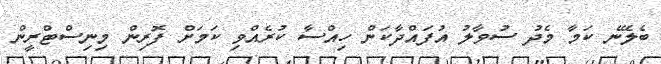
ބެލޭނެ ކަމާ މެދު ސުވާލު އުފައްދާކަން ހިއްސާ ކުރެއްވި ކަމަށް ފޮރިން މިނިސްޓްރީން